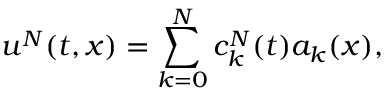
u ^ { N } ( t , x ) = \sum _ { k = 0 } ^ { N } c _ { k } ^ { N } ( t ) a _ { k } ( x ) ,